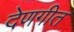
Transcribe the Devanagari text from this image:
देणगीत